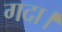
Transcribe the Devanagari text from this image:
गदा।